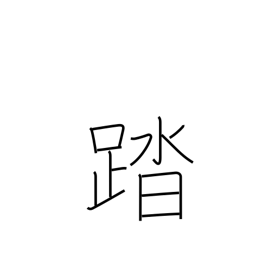
Meaning: carry through